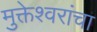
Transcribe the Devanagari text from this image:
मुक्तेश्वरांचा